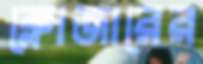
ক্লোজারের